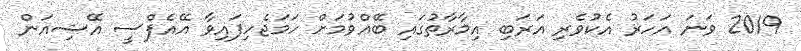
2019 ވަނަ އަހަރު އެކުވެރި އަރަބި އިމާރާތުގައި ބޭއްވުމަށް ހަމަޖެހިފައިވާ އޭއެފްސީ އޭޝިއަން